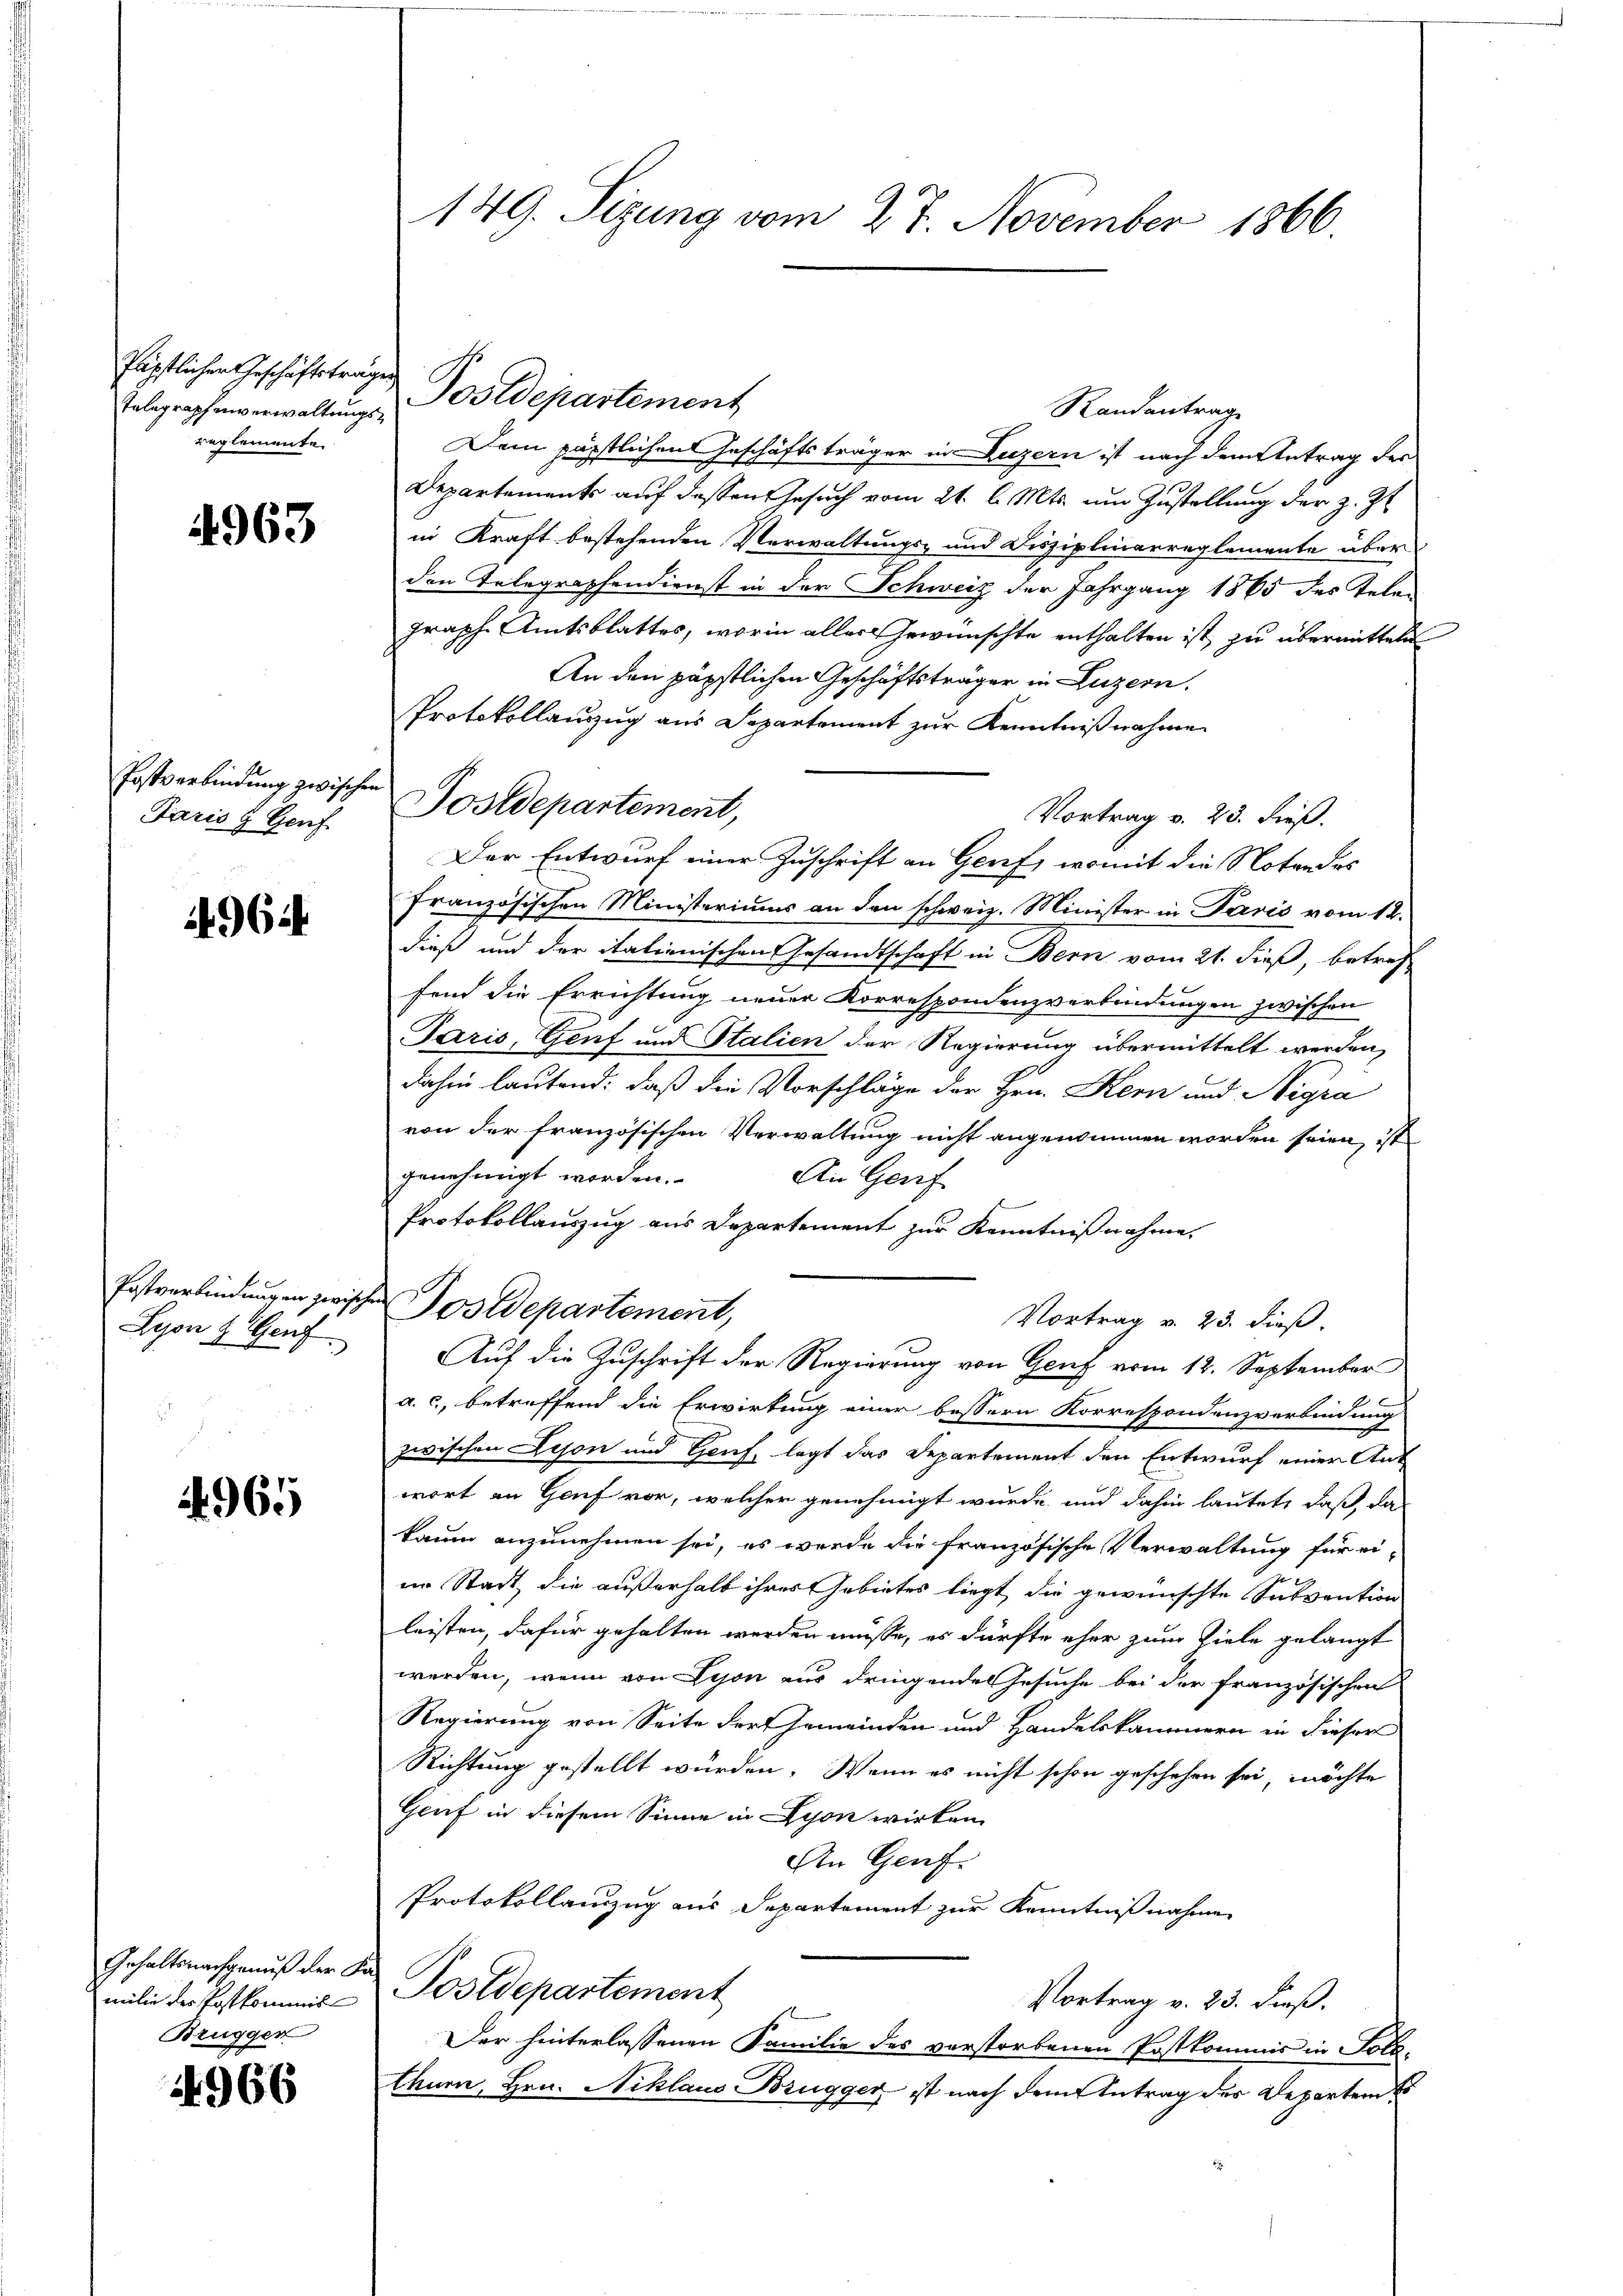
Päpstlichen Geschäftsträgen
reglemente

4963

Postverbindung zwischen
Paris 9 Genf

1964

Postverbindungen zwis
Lyon & Genf

4965

Gehaltsnachgenuß der Fa¬
Bruggen

4966

149. Sigung vom 27. November 1866

Telegraphenverwaltŭngs- Postdepartement

Randantrag
Dein päpstlichen Geschäftsträger in Luzern ist nach dem Antrag der
Departements auf dessen Gesuch vom 21. d. Mts. um Zustellung der z. Zt
in Kraft bestehenden Verwaltungs- und Disziplinarreglemente über
den Telegraphendienst in der Schweiz der Jahrgang 1865 des Telen
graph Amtsblattes, worin aller gewünschte enthalten ist, zu übermitteln
An den päpstlichen Geschäftsträger in Luzern.
Protokollanzug aus Departement zur Kenntnißnahme
Postdepartement,
Vortrag v. 23. dieß.
Der Entwurf einer Zuschrift an Genf, womit die Noten des
französischen Ministeriums an den schweiz. Minister in Paris vom 12.
dieß und der italienischen Gesandtschaft in Bern vom 21. dieß, betref-
fend die Errichtung neuer Korrespondenzverbindungen zwischen
Paris, Genf und Stalien der Regierung übermittelt werden,
dahin lautend: daß die Vorschläge der Hrn. Kern und Nigra
von der französischen Verwaltung nicht angenommen worden seien, ist
genehmigt worden.
An Genf
Protokollauszug aus Departement zur Kenntnißnahme,
t. Postdepartement,
Vortrag v. 23. dieß.
Auf die Zuschrift der Regierung von Genf vom 12. September
2.
a. c., betreffend die Erwirkung einer bessern Korrespondenzverbindung
zwischen Lison und Genf, legt das Departement den Entwurf einer Ant
wort an Genf vor, welcher genehmigt wurde und dahin lautet, daß da
kaum anzunehmen sei, es werde die französische Verwaltung für eiim Stadt, die außerhalb ihres Gebietes liegt, die gewünschte Subvention
leisten, dafür gehalten werden müsse, es dürfte eher zum Ziele gelangt
werden, wenn von Lyon aus dringende Gesuche bei der französischen
Regierung von Seite der Gemeinden und Handelskammern in dieser
Richtung gestellt würden. Wenn es nicht schon geschehen sei, möchte
Genf in diesem Sinne in Lyon wirken
An Genf.
Protokollenzug aus Separtement zur Kenntnißnahme
milie der Postkommis Postdepartement
Vortrag v. 23. dieß.
Der hinterlassenen Familie des verstorbenen Postkommis in Solo-
thurn, Hrn. Niklaus Brugger ist nach dem Antrag der Departen so